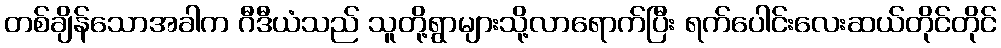
တစ်ချိန်သောအခါက ဂီဒီယံသည် သူတို့ရွာများသို့လာရောက်ပြီး ရက်ပေါင်းလေးဆယ်တိုင်တိုင်